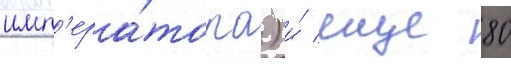
имп'ера́тора) и́ еще 80